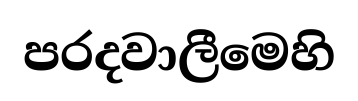
පරදවාලීමෙහි